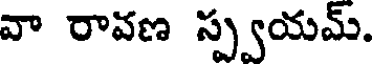
వా రావణ స్ప్వయమ్.